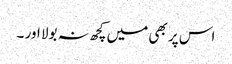
اس پر بھی میں کچھ نہ بولا اور ۔